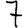
Digit: 7